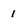
Character: 1